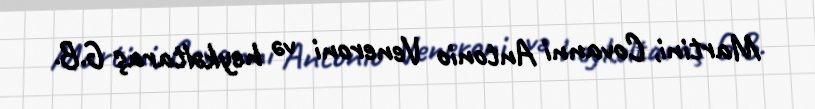
Martini, Covanni Antonio Veneroni və heykəltaraş G.B.